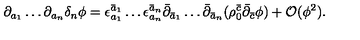
\partial _ { a _ { 1 } } \ldots \partial _ { a _ { n } } \delta _ { n } \phi = \epsilon _ { a _ { 1 } } ^ { \bar { a } _ { 1 } } \ldots \epsilon _ { a _ { n } } ^ { \bar { a } _ { n } } \bar { \partial } _ { \bar { a } _ { 1 } } \ldots \bar { \partial } _ { \bar { a } _ { n } } ( \rho _ { 0 } ^ { \bar { c } } \bar { \partial } _ { \bar { c } } \phi ) + { \cal O } ( \phi ^ { 2 } ) .